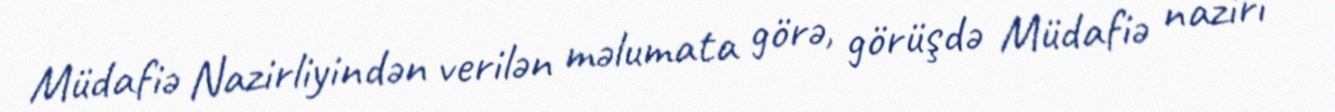
Müdafiə Nazirliyindən verilən məlumata görə, görüşdə Müdafiə naziri